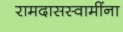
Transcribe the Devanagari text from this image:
रामदासस्वामींना